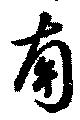
南